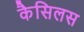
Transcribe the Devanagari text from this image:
कैसिलस